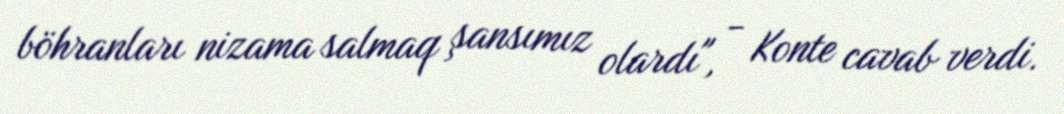
böhranları nizama salmaq şansımız olardı", - Konte cavab verdi.